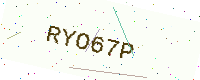
Text: RYO67P